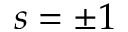
s = \pm 1